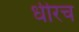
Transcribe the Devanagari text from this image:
धीरच